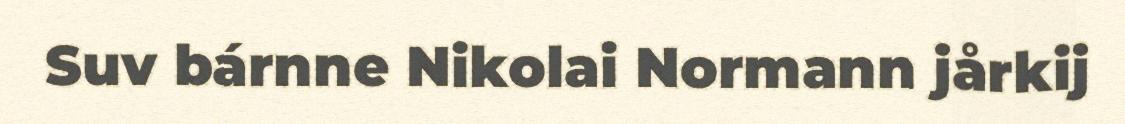
Suv bárnne Nikolai Normann jårkij